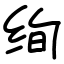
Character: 绚